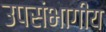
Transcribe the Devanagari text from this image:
उपसंभागीय